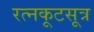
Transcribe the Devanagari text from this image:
रत्नकूटसूत्र